Leprosy in India: report of the Leprosy Commission in India, 1890-91
Year: 1890
Disease focus: Leprosy
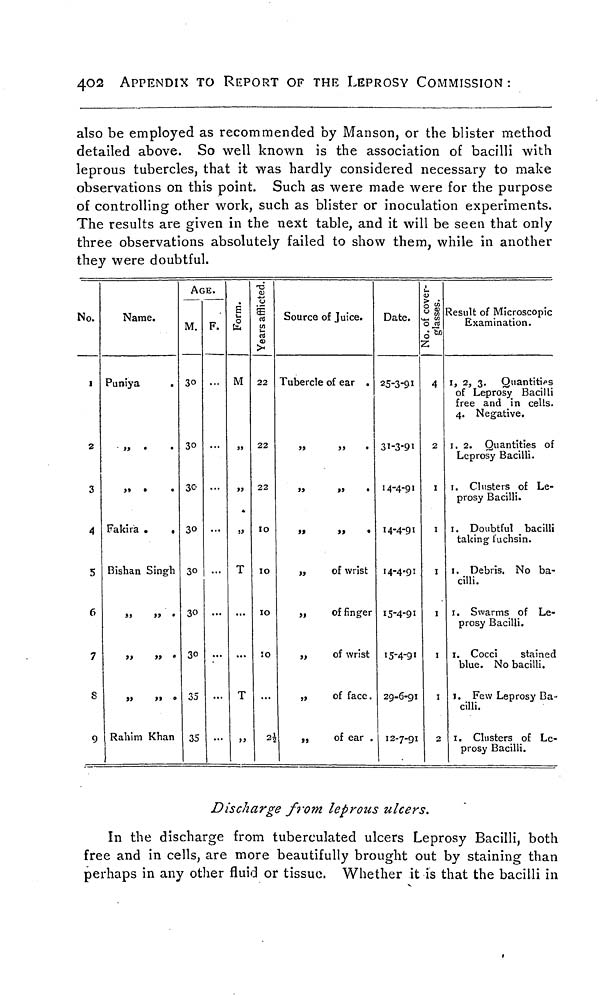
402
APPENDIX TO REPORT OF THE LEPROSY COMMISSION :
also be employed as recommended by Manson, or the blister method
detailed above. So well known is the association of bacilli with
leprous tubercles, that it was hardly considered necessary to make
observations on this point. Such as were made were for the purpose
of controlling other work, such as blister or inoculation experiments.
The results are given in the next table, and it will be seen that only
three observations absolutely failed to show them, while in another
they were doubtful.
No.
1
2
3
4
5
6
7
S
9
Name.
Puniya
,,
,,
Fakira .
.
Bishan Singh
,,
>t
»
•
>»
>» •
Rahim Khan
AGE.
M.
30
30
30
30
30
30
30
35
35
F.
...
...
Form.
M
,,
T
T
,,
Years afflicted.
22
22
22
10
10
10
10
21/2
Source of Juice.
Tubercle of ear .
»
>> •
»
»
•
,, ,, .
„
of wrist
„
of finger
„
of wrist
„
of face.
,,
of ear .
Date.
25-3-91
31-3-91
14-4-91
14-4-91
14-4.91
15-4-91
15-4-91
29-6-91
12-7-91
No. of cover glasses.
4
2
I
I
I
I
I
I
2
Result of Microscopic
Examination.
1, 2, 3. Quantities
of Leprosy Bacilli
free and in cells.
4. Negative.
1. 2. Quantities of
Leprosy Bacilli.
1. Clusters of Le-
prosy Bacilli.
1. Doubtful bacilli
taking fuchsin.
1. Debris. No ba-
cilli.
1. Swarms of Le-
prosy Bacilli.
1. Cocci
stained
blue. No bacilli.
1. Few Leprosy Ba-
cilli.
1. Clusters of Le-
prosy Bacilli.
Discharge from leprous ulcers.
In the discharge from tuberculated ulcers Leprosy Bacilli, both
free and in cells, are more beautifully brought out by staining than
perhaps in any other fluid or tissue. Whether it is that the bacilli in